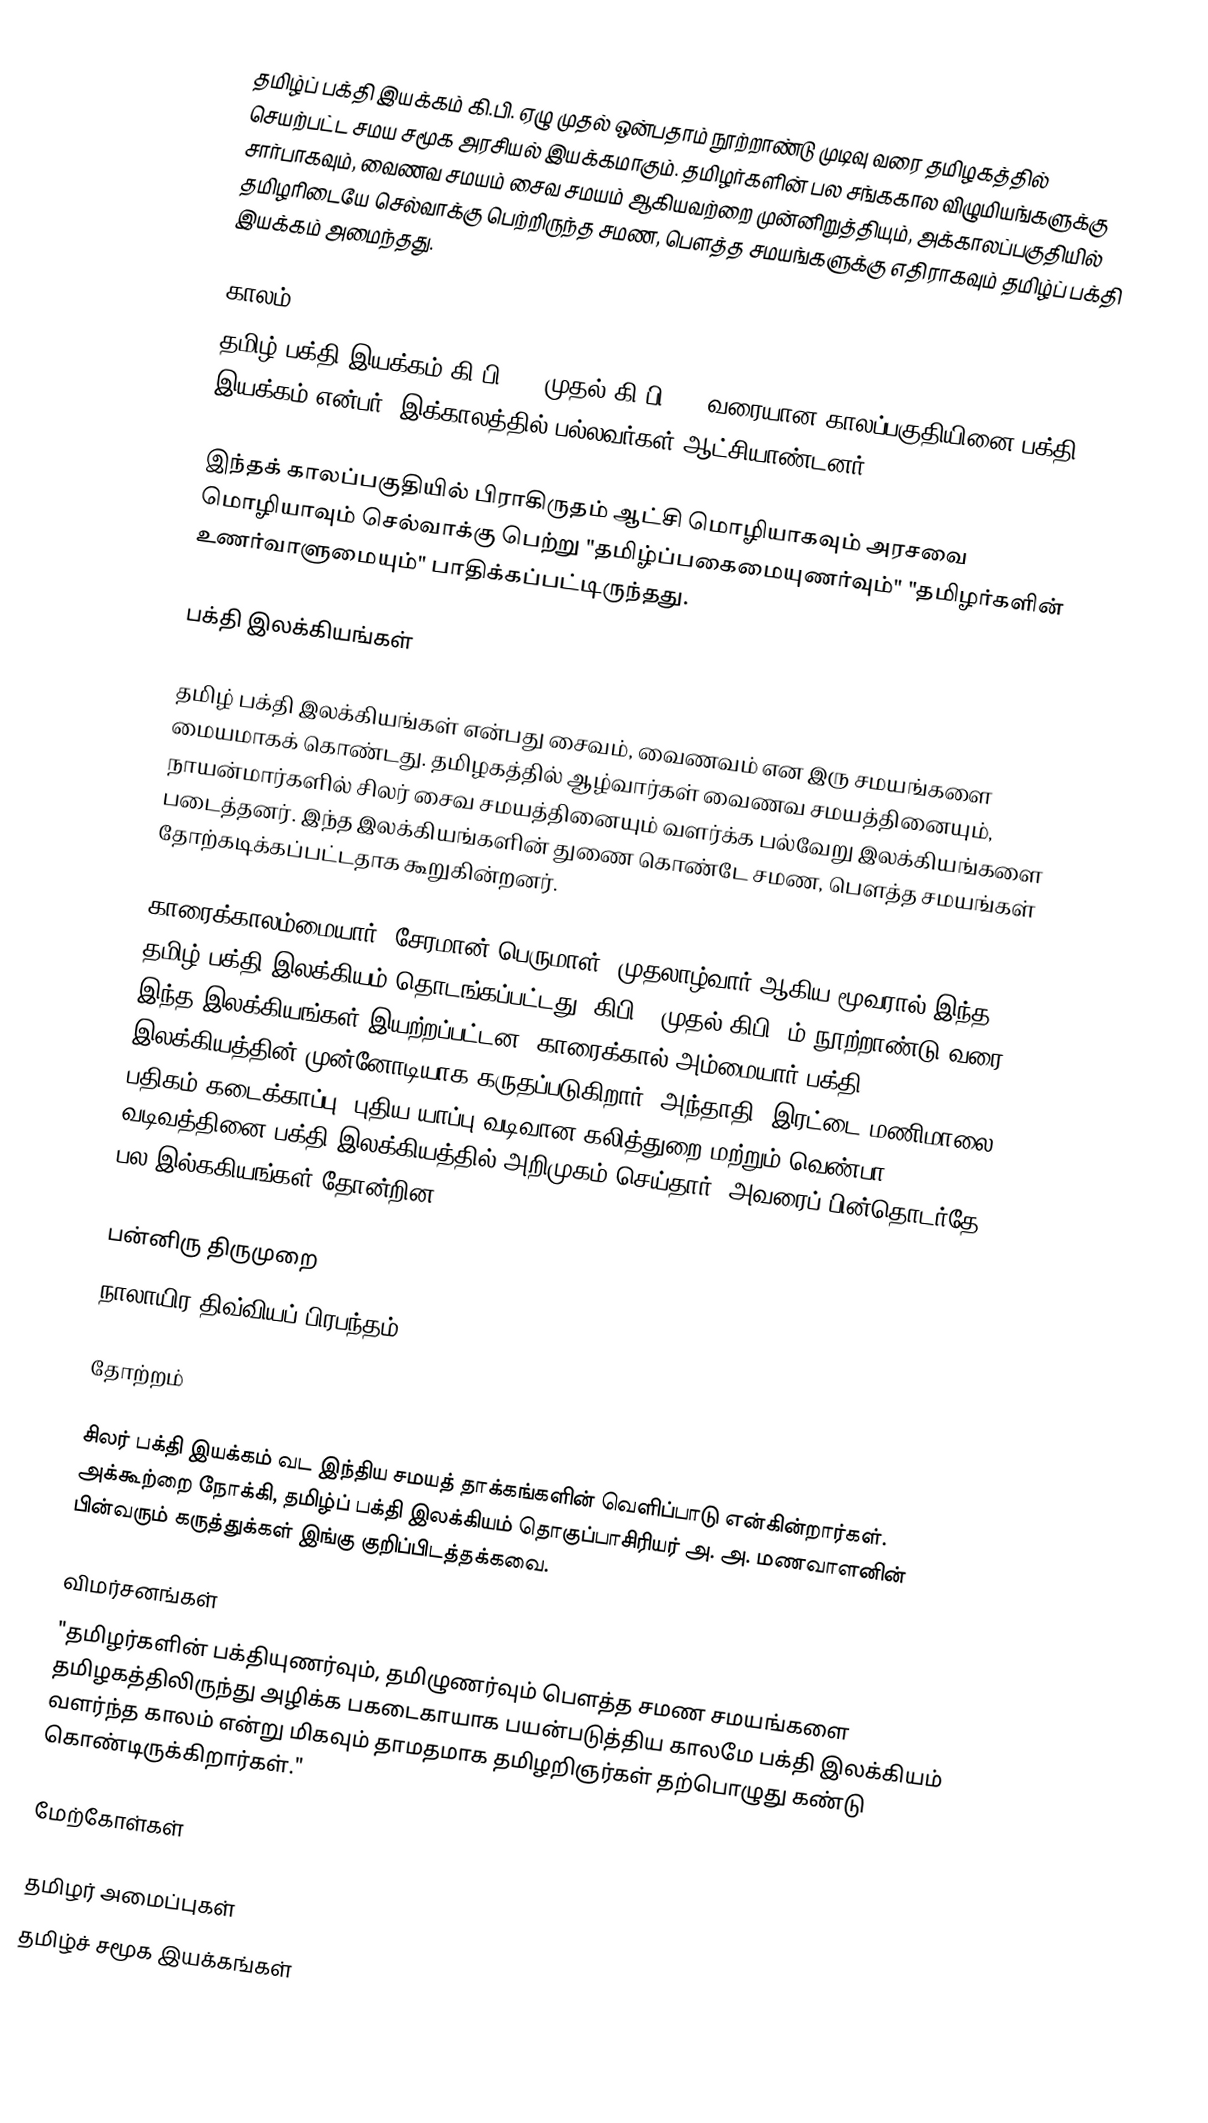
தமிழ்ப் பக்தி இயக்கம் கி.பி. ஏழு முதல் ஒன்பதாம் நூற்றாண்டு முடிவு வரை தமிழகத்தில் செயற்பட்ட சமய சமூக அரசியல் இயக்கமாகும்.  தமிழர்களின் பல சங்ககால விழுமியங்களுக்கு சார்பாகவும், வைணவ சமயம் சைவ சமயம்  ஆகியவற்றை முன்னிறுத்தியும், அக்காலப்பகுதியில் தமிழரிடையே செல்வாக்கு பெற்றிருந்த சமண, பௌத்த சமயங்களுக்கு எதிராகவும் தமிழ்ப் பக்தி இயக்கம் அமைந்தது.

காலம்
தமிழ் பக்தி இயக்கம் கி.பி 600 முதல் கி.பி 900 வரையான காலப்பகுதியினை பக்தி இயக்கம் என்பர். இக்காலத்தில் பல்லவர்கள் ஆட்சியாண்டனர்.

இந்தக் காலப்பகுதியில் பிராகிருதம் ஆட்சி மொழியாகவும் அரசவை மொழியாவும் செல்வாக்கு பெற்று "தமிழ்ப்பகைமையுணர்வும்" "தமிழர்களின் உணர்வாளுமையும்" பாதிக்கப்பட்டிருந்தது.

பக்தி இலக்கியங்கள்

தமிழ் பக்தி இலக்கியங்கள் என்பது சைவம், வைணவம் என இரு சமயங்களை மையமாகக் கொண்டது. தமிழகத்தில் ஆழ்வார்கள் வைணவ சமயத்தினையும், நாயன்மார்களில் சிலர் சைவ சமயத்தினையும் வளர்க்க பல்வேறு இலக்கியங்களை படைத்தனர். இந்த இலக்கியங்களின் துணை கொண்டே சமண, பௌத்த சமயங்கள் தோற்கடிக்கப்பட்டதாக கூறுகின்றனர்.

காரைக்காலம்மையார், சேரமான் பெருமாள், முதலாழ்வார் ஆகிய மூவரால் இந்த தமிழ் பக்தி இலக்கியம் தொடங்கப்பட்டது. கிபி 6 முதல் கிபி 9ம் நூற்றாண்டு வரை இந்த இலக்கியங்கள் இயற்றப்பட்டன. காரைக்கால் அம்மையார் பக்தி இலக்கியத்தின் முன்னோடியாக கருதப்படுகிறார். அந்தாதி, இரட்டை மணிமாலை, பதிகம்,கடைக்காப்பு, புதிய யாப்பு வடிவான கலித்துறை மற்றும் வெண்பா வடிவத்தினை பக்தி இலக்கியத்தில் அறிமுகம் செய்தார். அவரைப் பின்தொடர்தே பல இல்ககியங்கள் தோன்றின.

 பன்னிரு திருமுறை
 நாலாயிர திவ்வியப் பிரபந்தம்

தோற்றம்

சிலர் பக்தி இயக்கம் வட இந்திய சமயத் தாக்கங்களின் வெளிப்பாடு என்கின்றார்கள்.  அக்கூற்றை நோக்கி, தமிழ்ப் பக்தி இலக்கியம் தொகுப்பாசிரியர் அ. அ. மணவாளனின் பின்வரும் கருத்துக்கள் இங்கு குறிப்பிடத்தக்கவை.

விமர்சனங்கள்
"தமிழர்களின் பக்தியுணர்வும், தமிழுணர்வும் பெளத்த சமண சமயங்களை தமிழகத்திலிருந்து அழிக்க பகடைகாயாக பயன்படுத்திய காலமே பக்தி இலக்கியம் வளர்ந்த காலம் என்று மிகவும் தாமதமாக தமிழறிஞர்கள் தற்பொழுது கண்டு கொண்டிருக்கிறார்கள்."

மேற்கோள்கள்

தமிழர் அமைப்புகள்
தமிழ்ச் சமூக இயக்கங்கள்